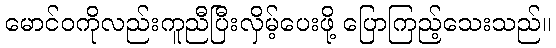
မောင်ဝကိုလည်းကူညီပြီးလှိမ့်ပေးဖို့ ပြောကြည့်သေးသည်။